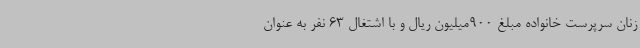
زنان سرپرست خانواده مبلغ 900میلیون ریال و با اشتغال 63 نفر به عنوان